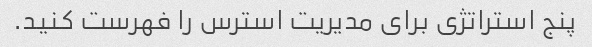
پنج استراتژی برای مدیریت استرس را فهرست کنید.